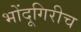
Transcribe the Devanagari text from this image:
भोंदूगिरीच